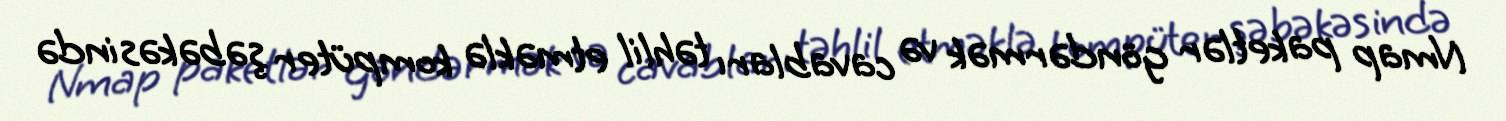
Nmap paketlər göndərmək və cavabları təhlil etməklə kompüter şəbəkəsində